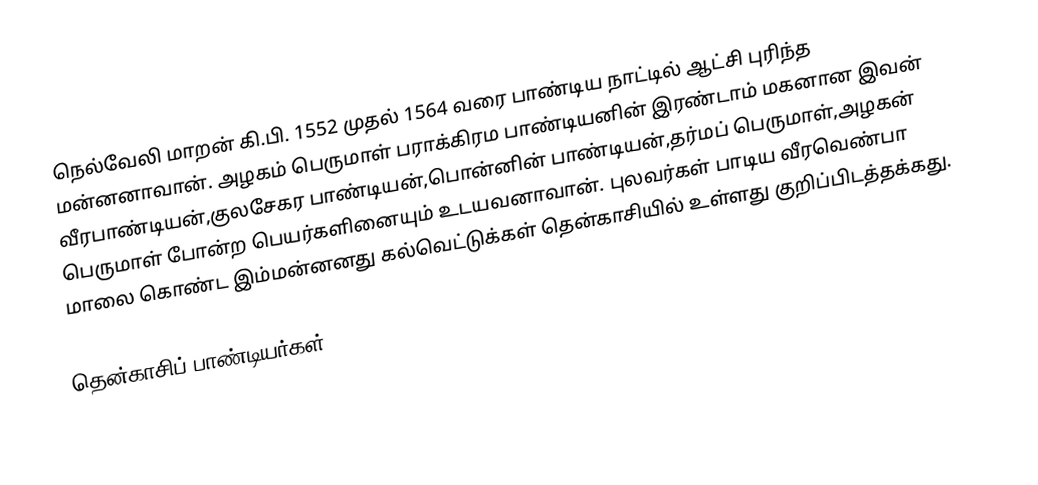
நெல்வேலி மாறன் கி.பி. 1552 முதல் 1564 வரை பாண்டிய நாட்டில் ஆட்சி புரிந்த மன்னனாவான். அழகம் பெருமாள் பராக்கிரம பாண்டியனின் இரண்டாம் மகனான இவன் வீரபாண்டியன்,குலசேகர பாண்டியன்,பொன்னின் பாண்டியன்,தர்மப் பெருமாள்,அழகன் பெருமாள் போன்ற பெயர்களினையும் உடயவனாவான். புலவர்கள் பாடிய வீரவெண்பா மாலை கொண்ட இம்மன்னனது கல்வெட்டுக்கள் தென்காசியில் உள்ளது குறிப்பிடத்தக்கது.

தென்காசிப் பாண்டியர்கள்